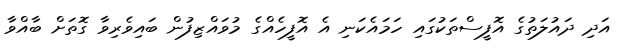
އަދި ދައުލަތުގެ އޮފީސްތަކުގައި ހަމައެކަނި އެ އޮފީހެއްގެ މުވައްޒިފުން ބައިވެރިވާ ގޮތަށް ބާއްވާ